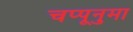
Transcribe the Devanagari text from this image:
चप्पूनुमा